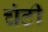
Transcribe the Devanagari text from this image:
चंटी